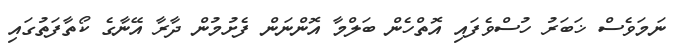
ނަމަވެސް ޚަބަރު ހުސްވެފައި އޮތްހެން ބަލްމާ އޮންނަން ފެށުމުން ދާރާ އޭނާގެ ކޯތާފަތުގައި